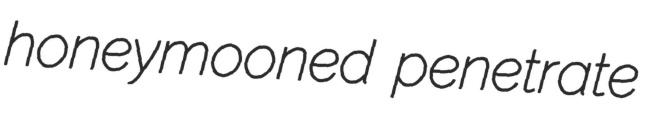
honeymooned penetrate